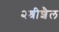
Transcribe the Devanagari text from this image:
२श्रीशैल